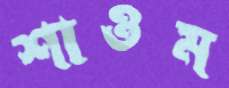
শাওম